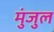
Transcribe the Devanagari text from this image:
मुंजुल